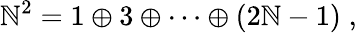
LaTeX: \mathbb{N}^{2}=1\oplus3\oplus\cdots\oplus(2\mathbb{N}-1)\; ,